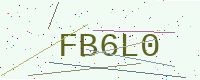
Text: FB6L0